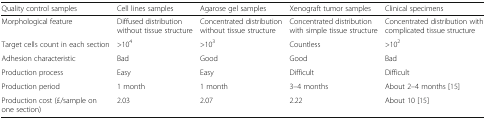
<table><thead><tr><td><b>Quality control samples</b></td><td><b>Cell lines samples</b></td><td><b>Agarose gel samples</b></td><td><b>Xenograft tumor samples</b></td><td><b>Clinical specimens</b></td></tr></thead><tbody><tr><td>Morphological feature</td><td>Diffused distribution without tissue structure</td><td>Concentrated distribution without tissue structure</td><td>Concentrated distribution with simple tissue structure</td><td>Concentrated distribution with complicated tissue structure</td></tr><tr><td>Target cells count in each section</td><td>&gt;10<sup>4</sup></td><td>&gt;10<sup>3</sup></td><td>Countless</td><td>&gt;10<sup>2</sup></td></tr><tr><td>Adhesion characteristic</td><td>Bad</td><td>Good</td><td>Good</td><td>Bad</td></tr><tr><td>Production process</td><td>Easy</td><td>Easy</td><td>Difficult</td><td>Difficult</td></tr><tr><td>Production period</td><td>1 month</td><td>1 month</td><td>3–4 months</td><td>About 2–4 months [15]</td></tr><tr><td>Production cost (£/sample on one section)</td><td>2.03</td><td>2.07</td><td>2.22</td><td>About 10 [15]</td></tr></tbody></table>